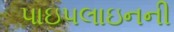
પાઇપલાઇનની